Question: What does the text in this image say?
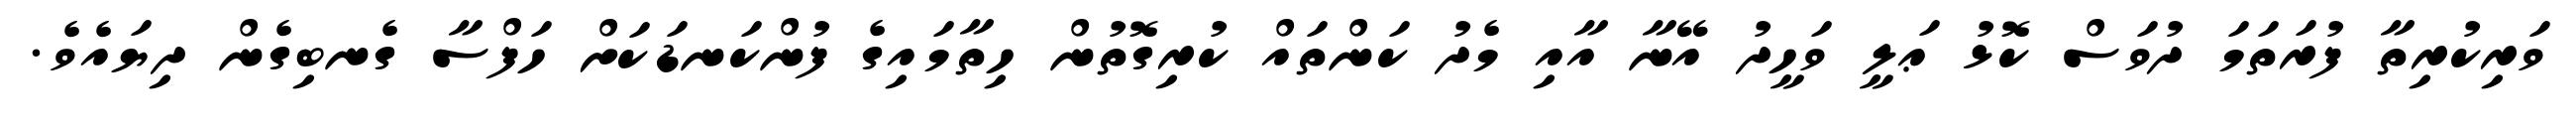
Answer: ވަރިކުރިތާ ފުރަތަމަ ދުވަސް ކޮޅު ޢަލީ ވަހީދު އޭނާ އާއި މެދު ކަންތައް ކުރިގޮތުން ހިތާމައިގެ ފުންކަނޑަކަށް ހަފްސާ ގެނބިގެން ދިޔައެވެ.